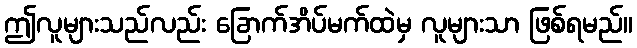
ဤလူများသည်လည်း ခြောက်အိပ်မက်ထဲမှ လူများသာ ဖြစ်ရမည်။